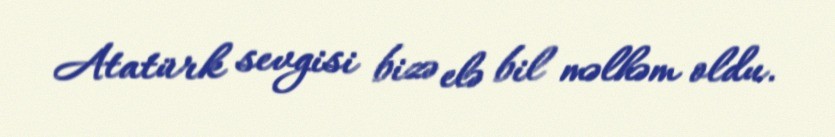
Atatürk sevgisi bizə elə bil məlhəm oldu.